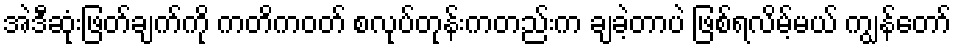
အဲဒီဆုံးဖြတ်ချက်ကို ကတိကဝတ် စလုပ်တုန်းကတည်းက ချခဲ့တာပဲ ဖြစ်ရလိမ့်မယ် ကျွန်တော်